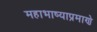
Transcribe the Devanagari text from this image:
महाभाष्याप्रमाणे